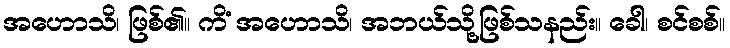
အဟောသိ၊ ဖြစ်၏။ ကိံ အဟောသိ၊ အဘယ်သို့ဖြစ်သနည်း။ ခေါ၊ စင်စစ်။